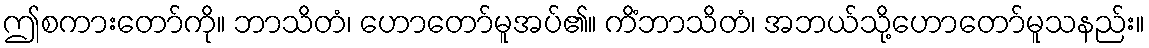
ဤစကားတော်ကို။ ဘာသိတံ၊ ဟောတော်မူအပ်၏။ ကိံဘာသိတံ၊ အဘယ်သို့ဟောတော်မူသနည်း။